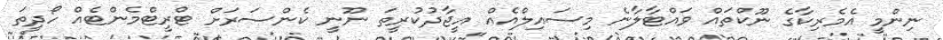
ނިންމީ އެމެރިކާގެ ނޫކްތައް ވައްޓާލާނެ މިސައިލްއެއް އީޖާދުކުރީތަ ނޫނީ ކެންސަރަށް ޓްރީޓްމެންޓެއް ހޯދީތަ